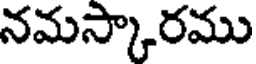
నమస్కారము